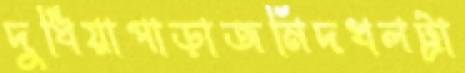
দুধিয়াপাড়াজমিদখলট্রা